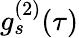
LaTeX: g_{s}^{(2)}(\tau)